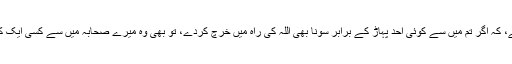
اس ذات کی قسم جس کے قبضہ قدرت میں میری جان ہے، کہ اگر تم میں سے کوئی اُحد پہاڑ کے برابر سونا بھی اللہ کی راہ میں خرچ کردے، تو بھی وہ میرے صحابہ میں سے کسی ایک کے قَد تک، بلکہ اس کے نصف تک بھی نہیں پہنچ پائیگا۔